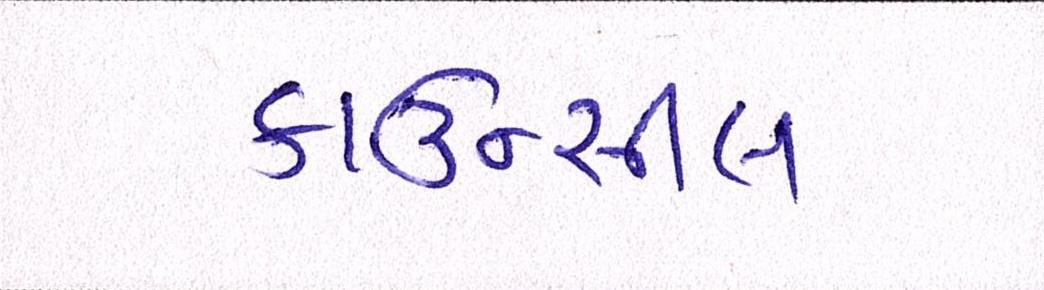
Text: કાઉન્સીલ